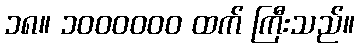
၁၈။ ၁၀၀၀၀၀၀ ထက် ကြီးသည်။